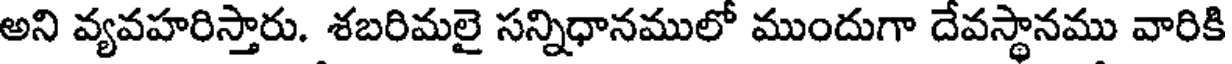
అని వ్యవహరిస్తారు. శబరిమలై సన్నిధానములో ముందుగా దేవస్థానము వారికి